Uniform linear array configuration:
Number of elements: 48
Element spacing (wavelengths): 1
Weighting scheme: kaiser
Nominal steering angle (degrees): -15
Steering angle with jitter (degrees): -15.309
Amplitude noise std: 0.05
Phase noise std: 0.05

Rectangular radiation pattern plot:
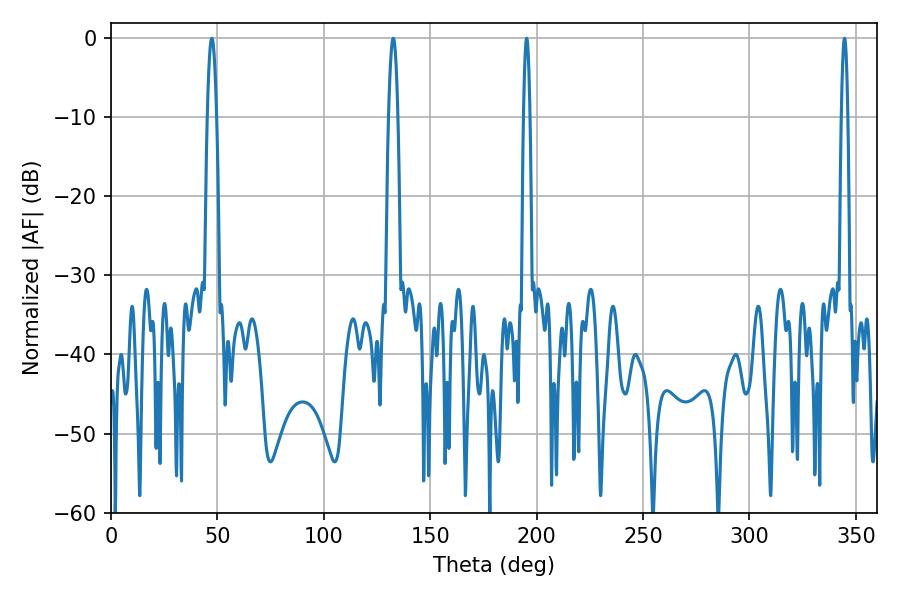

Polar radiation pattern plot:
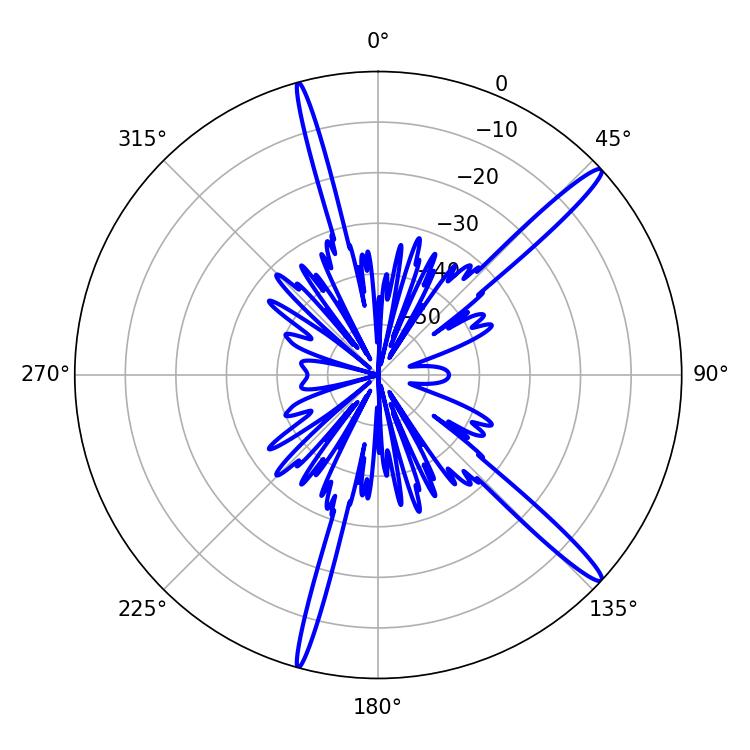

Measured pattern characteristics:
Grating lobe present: TRUE
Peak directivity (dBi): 15.964
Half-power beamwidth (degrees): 1.62
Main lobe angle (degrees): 195.3